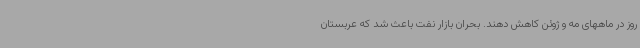
روز در ماههای مه و ژوئن کاهش دهند. بحران بازار نفت باعث شد که عربستان